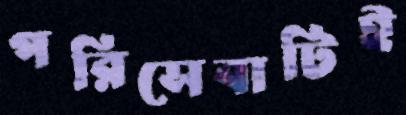
পরিসেবাটিই